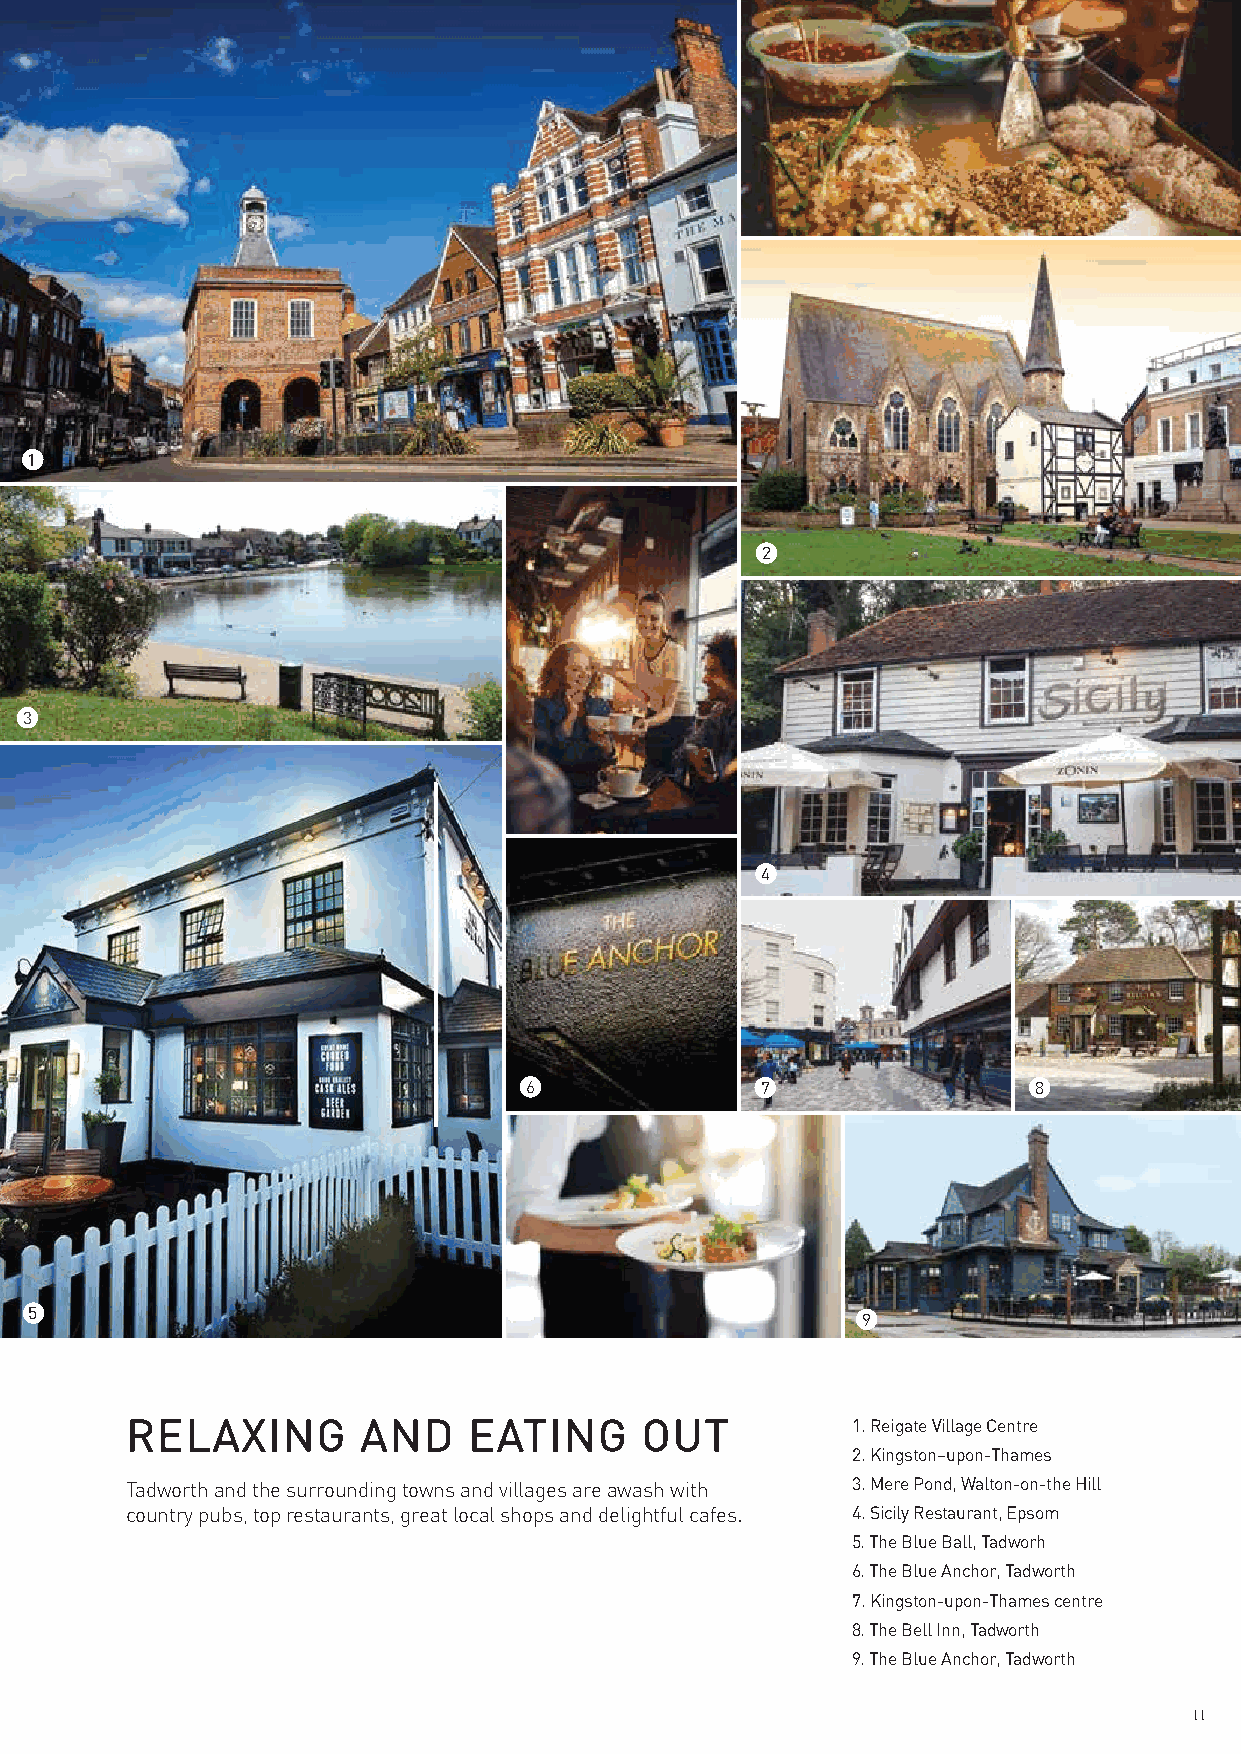
1
 2
 3
 4
 6              7                 8
 5
 9
 RELAXING        AND    EATING     OUT           1. Reigate Village Centre
 2. Kingston–upon-Thames
 Tadworth and the surrounding towns and villages are awash with 3. Mere Pond, Walton-on-the Hill
 country pubs, top restaurants, great local shops and delightful cafes. 4. Sicily Restaurant, Epsom
 5. The Blue Ball, Tadworh
 6. The Blue Anchor, Tadworth
 7. Kingston-upon-Thames centre
 8. The Bell Inn, Tadworth
 9. The Blue Anchor, Tadworth
 11